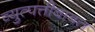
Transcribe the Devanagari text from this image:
व्युत्पत्तीबाबत